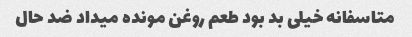
متاسفانه خیلی بد بود طعم روغن مونده میداد ضد حال